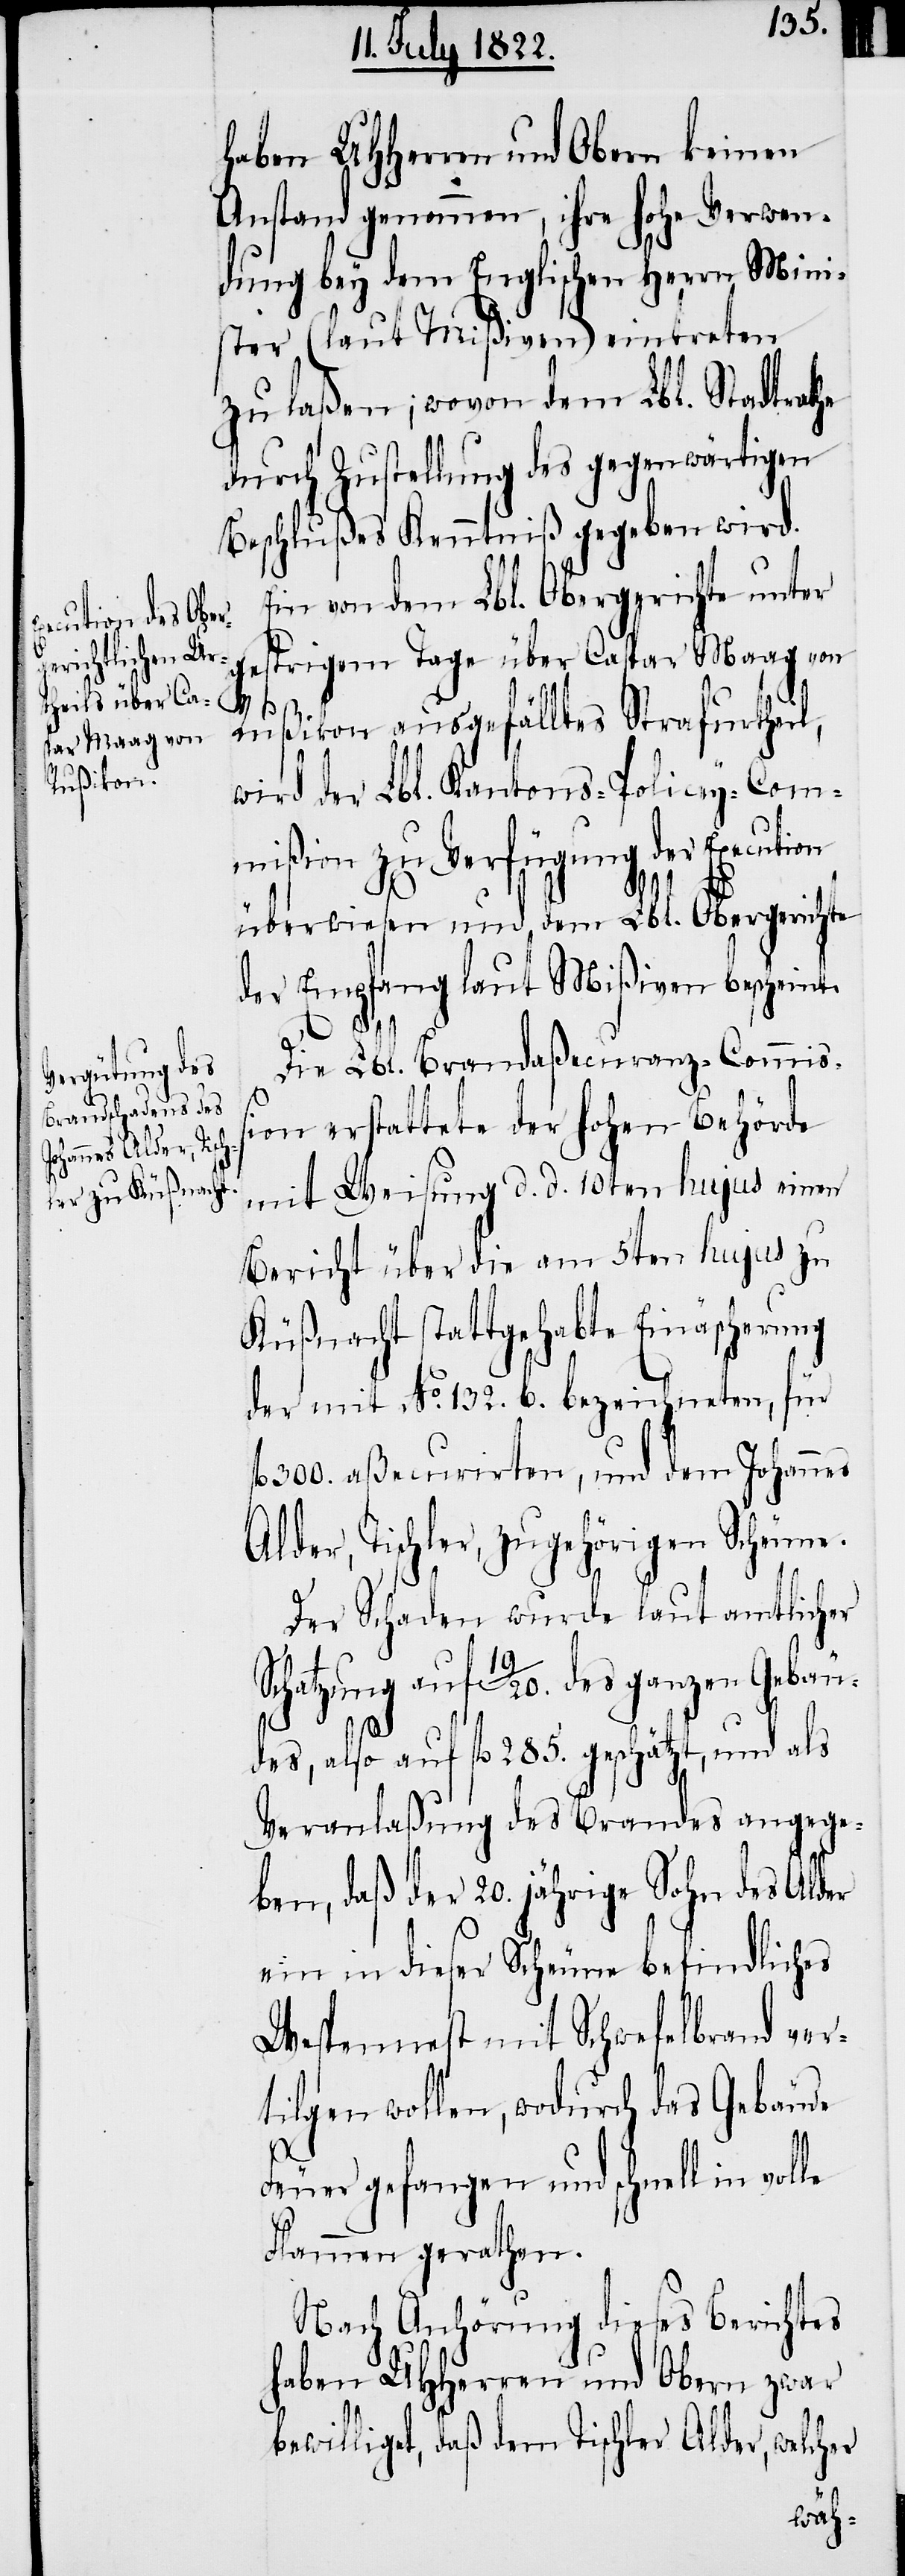
haben UHHerren und Obern keinen
Anstand genommen, ihre hohe Verwen¬
dung bey dem Englischen Herrn Mini¬
ster (laut Mißiven) eintreten
zu laßen; wovon dem Lbl. Stadtrath
durch Zustellung des gegenwärtigen
Beschlußes Kenntniß gegeben wird.
Ein von dem Lbl. Obergerichte unter
strigem Tage über Caspar Maag von
Rußikon ausgefülltes Strafurtheil,
wird der Lbl. Kantons-Policey-Com¬
mißion zu Verfügung der Execution
überwiesen und, dem Lbl. Obergerichte
der Empfang laut Mißiven bescheint.
le
Die Lbl. Brandaßecuranz-Commiß¬
ion erstattete der Hohen Behörde
mit Weisung d. d. 10ten hujus einen
Bericht über die am 5ten hujus zu
Küßnacht stattgehabte Einäscherung
der mit No. 132. b. bezeichneten, für
300. aßecurirten, und dem Johannes
Alder, Tischler, zugehörigen Scheune.
Der Schaden wurde laut amtlicher
Schatzung auf 19/20 . des ganzen Gebäu¬
des, also auf fl. 285. geschätzt, und als
Veranlaßung des Brandes angege¬
ben, daß der 20. jährige Sohn des Alder
ein in dieser Scheune befindliches
Wespennest mit Schwefelbrand ver¬
tilgen wollen, wodurch das Gebäude
Feuer gefangen und schnell in vol¬
Flammen gerathen.
Nach Anhörung dieses Berichtes
haben UHHerren und Obern zwar
bewilliget, daß dem Tischler Alder, welcher